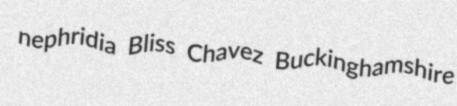
nephridia Bliss Chavez Buckinghamshire